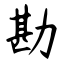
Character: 勘